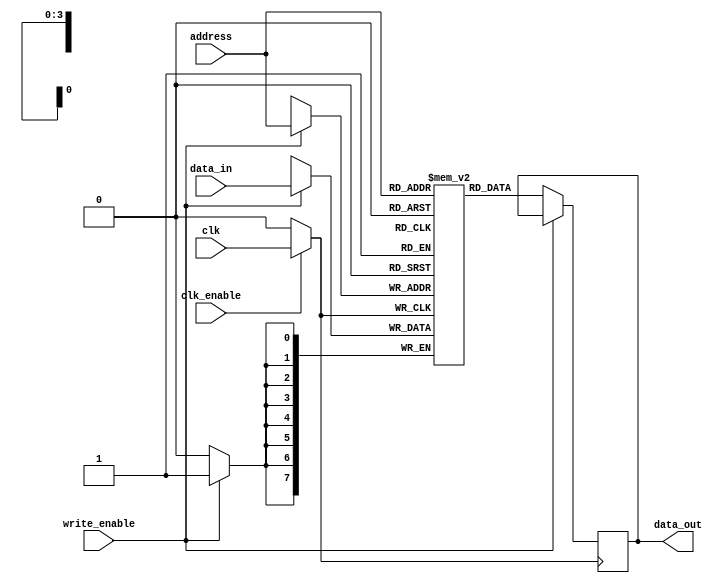
module memory_block(
    input wire clk,              // Global clock signal
    input wire clk_enable,       // Enable signal for clock gating
    input wire [7:0] data_in,    // Data input
    input wire [3:0] address,     // Address for memory access
    input wire write_enable,      // Write enable signal
    output reg [7:0] data_out     // Data output
);

    // Define memory array (for example: 16 8-bit memory cells)
    reg [7:0] memory_array [0:15];

    // Internal clock signal after gating
    wire gated_clk;

    // Transmission gate control for clock gating
    assign gated_clk = clk_enable ? clk : 1'b0;

    // Process to write to memory
    always @(posedge gated_clk) begin
        if (write_enable) begin
            memory_array[address] <= data_in; // Write operation
        end
    end

    // Process to read from memory
    always @(posedge gated_clk) begin
        if (!write_enable) begin
            data_out <= memory_array[address]; // Read operation
        end
    end

endmodule